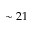
\sim 2 1